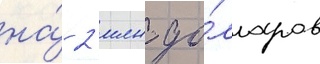
на́ 2 млн до́лларов